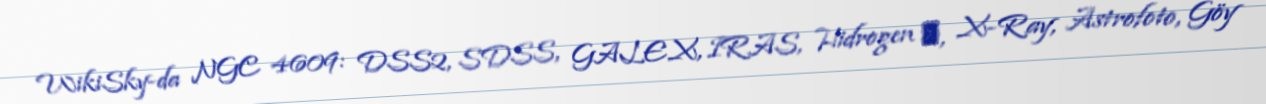
WikiSky-da NGC 4609: DSS2, SDSS, GALEX, IRAS, Hidrogen α, X-Ray, Astrofoto, Göy